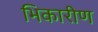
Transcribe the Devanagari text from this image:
भिकारीण